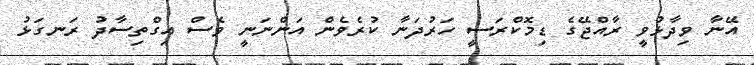
އޭނާ ވިދާޅުވީ ރާއްޖޭގެ ޑިމޮކްރަސީ ހަރުދަނާ ކުރެވެން އަންނަނީ ވެސް އިގްތިސާދު ރަނގަޅު